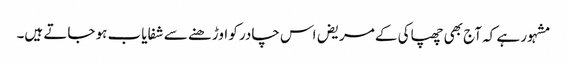
مشہور ہے کہ آج بھی چھپاکی کے مریض اس چادر کو اوڑھنے سے شفایاب ہو جاتے ہیں۔